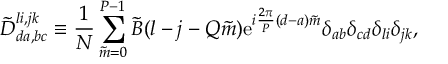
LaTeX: \tilde { D } _ { d a , b c } ^ { l i , j k } \equiv { \frac { 1 } { N } } \sum _ { \tilde { m } = 0 } ^ { P - 1 } \tilde { B } ( l - j - Q \tilde { m } ) \mathrm { e } ^ { i { \frac { 2 \pi } { P } } ( d - a ) \tilde { m } } \delta _ { a b } \delta _ { c d } \delta _ { l i } \delta _ { j k } ,